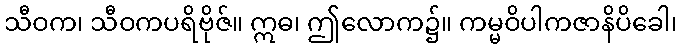
သီဝက၊ သီဝကပရိဗိုဇ်။ ဣဓ၊ ဤလောက၌။ ကမ္မဝိပါကဇာနိပိခေါ၊